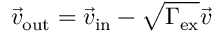
\vec { v } _ { \mathrm { o u t } } = \vec { v } _ { \mathrm { i n } } - \sqrt { \Gamma _ { \mathrm { e x } } } \vec { v }